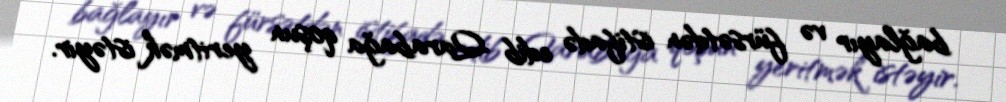
bağlayır və fürsətdən istifadə edib Qarabağa qoşun yeritmək istəyir.